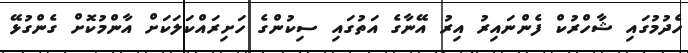
ހެދުމުގައި ޝާހްރުކް ފެންނައިރު އިރު އޭނާގެ އަތުގައި ސިކުންގެ ހަށިރައްކަލަކަށް އާންމުކޮށް ގެންގުޅޭ